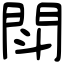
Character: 閗